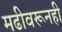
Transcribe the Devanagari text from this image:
मढीवरूनही